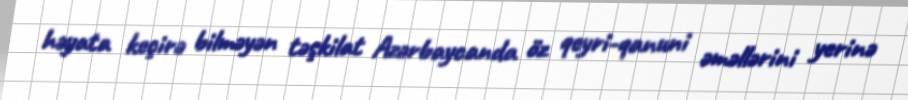
həyata keçirə bilməyən təşkilat Azərbaycanda öz qeyri-qanuni əməllərini yerinə